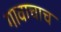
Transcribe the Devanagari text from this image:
गावाचाच